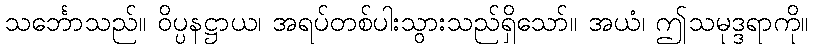
သင်္ဘောသည်။ ဝိပ္ပနဋ္ဌာယ၊ အရပ်တစ်ပါးသွားသည်ရှိသော်။ အယံ၊ ဤသမုဒ္ဒရာကို။